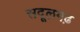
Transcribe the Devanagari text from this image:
सदूलगढ़